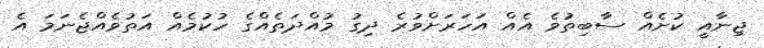
ޖިނާއީ ކުށެއް ސާބިތުވެ އެއް އަހަރަށްވުރެ ދިގު މުއްދަތެއްގެ ހުކުމެއް އަތުވެއްޖެނަމަ އެ